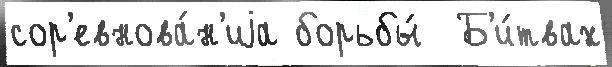
сор'евнова́н'иjа борьбы́  Б'и́твах